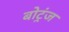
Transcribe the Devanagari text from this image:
बोट्रंज